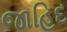
જાહિદ